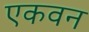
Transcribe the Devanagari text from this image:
एकवन